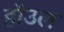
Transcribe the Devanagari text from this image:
हाॅउल